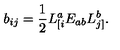
b _ { i j } = \frac { 1 } { 2 } L _ { [ i } ^ { a } E _ { a b } L _ { j ] } ^ { b } .